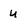
Character: u